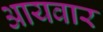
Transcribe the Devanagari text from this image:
आयवार